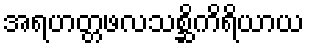
အရဟတ္တဖလသစ္ဆိကိရိယာယ